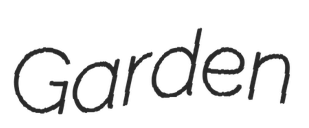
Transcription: Garden